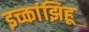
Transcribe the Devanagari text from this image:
इच्कांझिहू